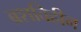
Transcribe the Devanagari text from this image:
ब्रशविहीन